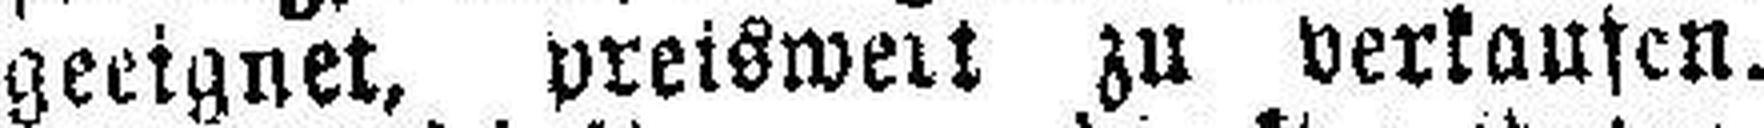
geeignet, preiswert zu verlausen.